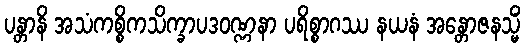
ပန္တာနိ အသံကစ္စိကသိက္ခာပဒဝဏ္ဏနာ ပရိစ္စာဂဿ နယနံ အန္တောဇနသ္မိံ